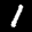
Label: 1